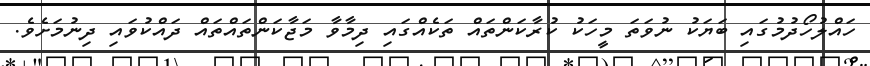
ހައްލުހޯދުމުގައި ބަޔަކު ނުވަތަ މީހަކު ކުރާކަންތައް ތަކެއްގައި ދިމާވާ މަޖާކަންތައްތައް ދައްކުވައި ދިނުމަށެވެ.